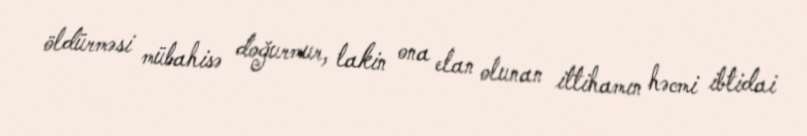
öldürməsi mübahisə doğurmur, lakin ona elan olunan ittihamın həcmi ibtidai